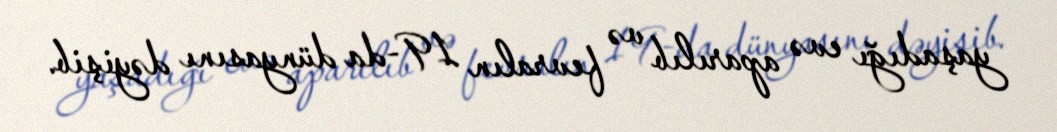
yaşadığı evə aparılıb və fevralın 19-da dünyasını dəyişib.